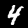
Digit: 4